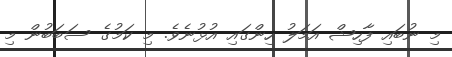
މި ނުބައި ފާހިޝް އަމަލު ހިންގައި އުޅުނެވެ. މި ކަމުގެ ސަބަބުން މި